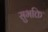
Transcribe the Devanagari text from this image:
सुभक्ति